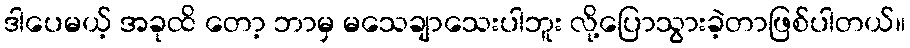
ဒါပေမယ့် အခုထိ တော့ ဘာမှ မသေချာသေးပါဘူး လို့ပြောသွားခဲ့တာဖြစ်ပါတယ်။